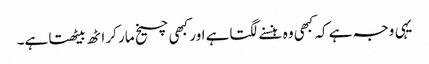
یہی وجہ ہے کہ کبھی وہ ہنسنے لگتاہے اور کبھی چیخ مار کر اٹھ بیٹھتا ہے۔